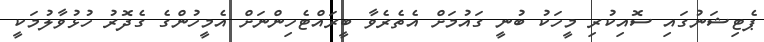
ޕެޓިޝަނުގައި ސޮއިކުރި މީހަކު ބުނީ ގައުމަށް އެތެރެވާ ބީރައްޓެހިންނަށް އެމީހުންގެ ގެދޮރު ހުޅުވާލުމަކީ